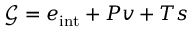
\mathcal { G } = e _ { \mathrm { i n t } } + P v + T s